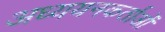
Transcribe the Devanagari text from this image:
अध्‍ययनकर्ताओं